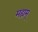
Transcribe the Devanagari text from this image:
मह्यम्